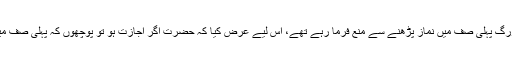
پہلی صف کی فضیلت مجھے معلوم تھی اور وہ بزرگ پہلی صف میں نماز پڑھنے سے منع فرما رہے تھے، اس لیے عرض کیا کہ حضرت اگر اجازت ہو تو پوچھوں کہ پہلی صف میں نماز نہ پڑھنے کے حکم میں کیا مصلحت ہے؟